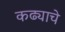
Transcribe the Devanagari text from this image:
कढ्याचे